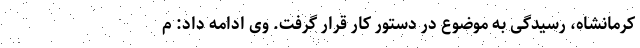
کرمانشاه، رسیدگی به موضوع در دستور کار قرار گرفت. وی ادامه داد: م